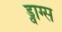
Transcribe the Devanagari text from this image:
ड्वाग्स